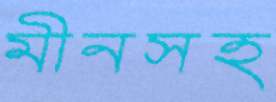
মীনসহ